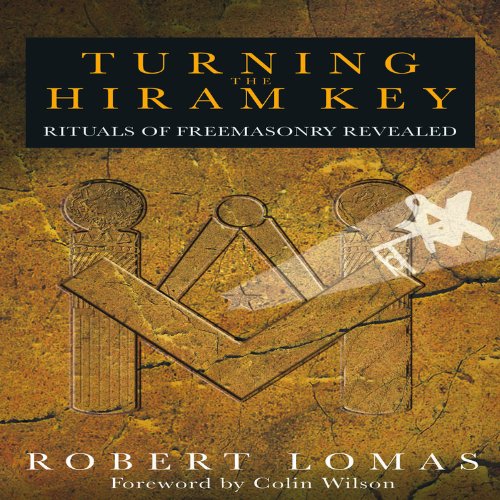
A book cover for Turning the Hiram Key; Robert Lomas; Religion & Spirituality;